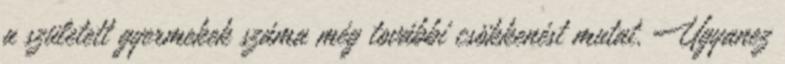
a született gyermekek száma még további csökkenést mutat. Ugyanez